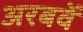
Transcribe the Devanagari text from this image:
अरबवें